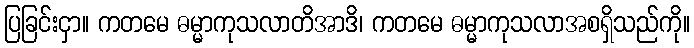
ပြခြင်းငှာ။ ကတမေ ဓမ္မာကုသလာတိအာဒိ၊ ကတမေ ဓမ္မာကုသလာအစရှိသည်ကို။